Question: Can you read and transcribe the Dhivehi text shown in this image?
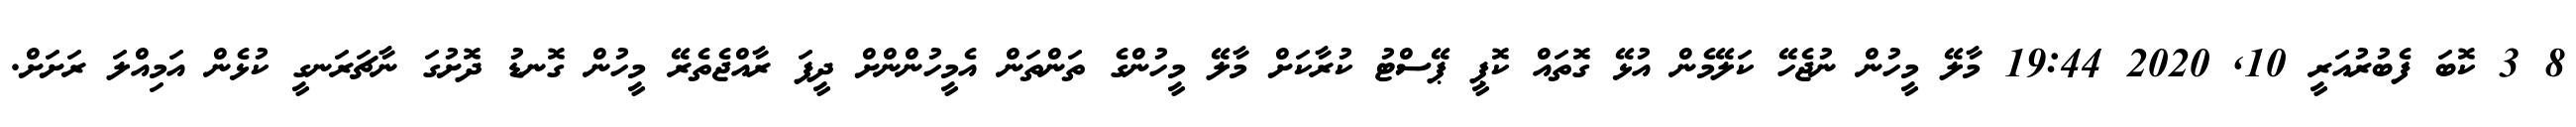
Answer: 8 3 ކޮބަ ފެބުރުއަރީ 10, 2020 19:44 މާލޭ މީހުން ނުޖެހޭ ކަލޭމެން އުޅޭ ގޮތައް ކޮޕީ ޕޭސްޓު ކުރާކަށް މާލޭ މީހުންގެ ތަންތަން އެމީހުންންށް ދީފަ ރާއްޖެތެރޭ މީހުން ގޮނޑު ދޮށުގަ ނާޗަރަނގީ ކުޅެން އަމިއްލަ ރަށަށް.